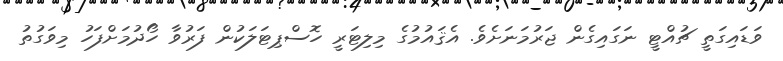
ވަޑައިގަތީ ޗުއްޓީ ނަގައިގެން ޖަރުމަނަށެވެ. އެޤައުމުގެ މިލިޓަރީ ހޮސްޕިޓަލަކުން ފަރުވާ ހޯދުމަށްފަހު މިވަގުތު